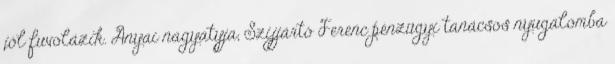
jól fuvolázik. Anyai nagyatyja, Szijjártó Ferenc pénzügyi tanácsos nyugalomba